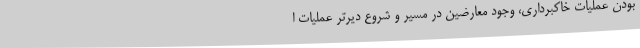
بودن عملیات خاکبرداری، وجود معارضین در مسیر و شروع دیرتر عملیات ا